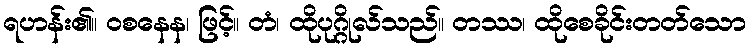
ရဟန်း၏။ ဝစနေန၊ ဖြင့်။ တံ၊ ထိုပုဂ္ဂိုလ်သည်။ တဿ၊ ထိုစေခိုင်းတတ်သော